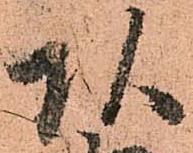
頭